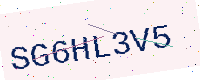
Text: SG6HL3V5